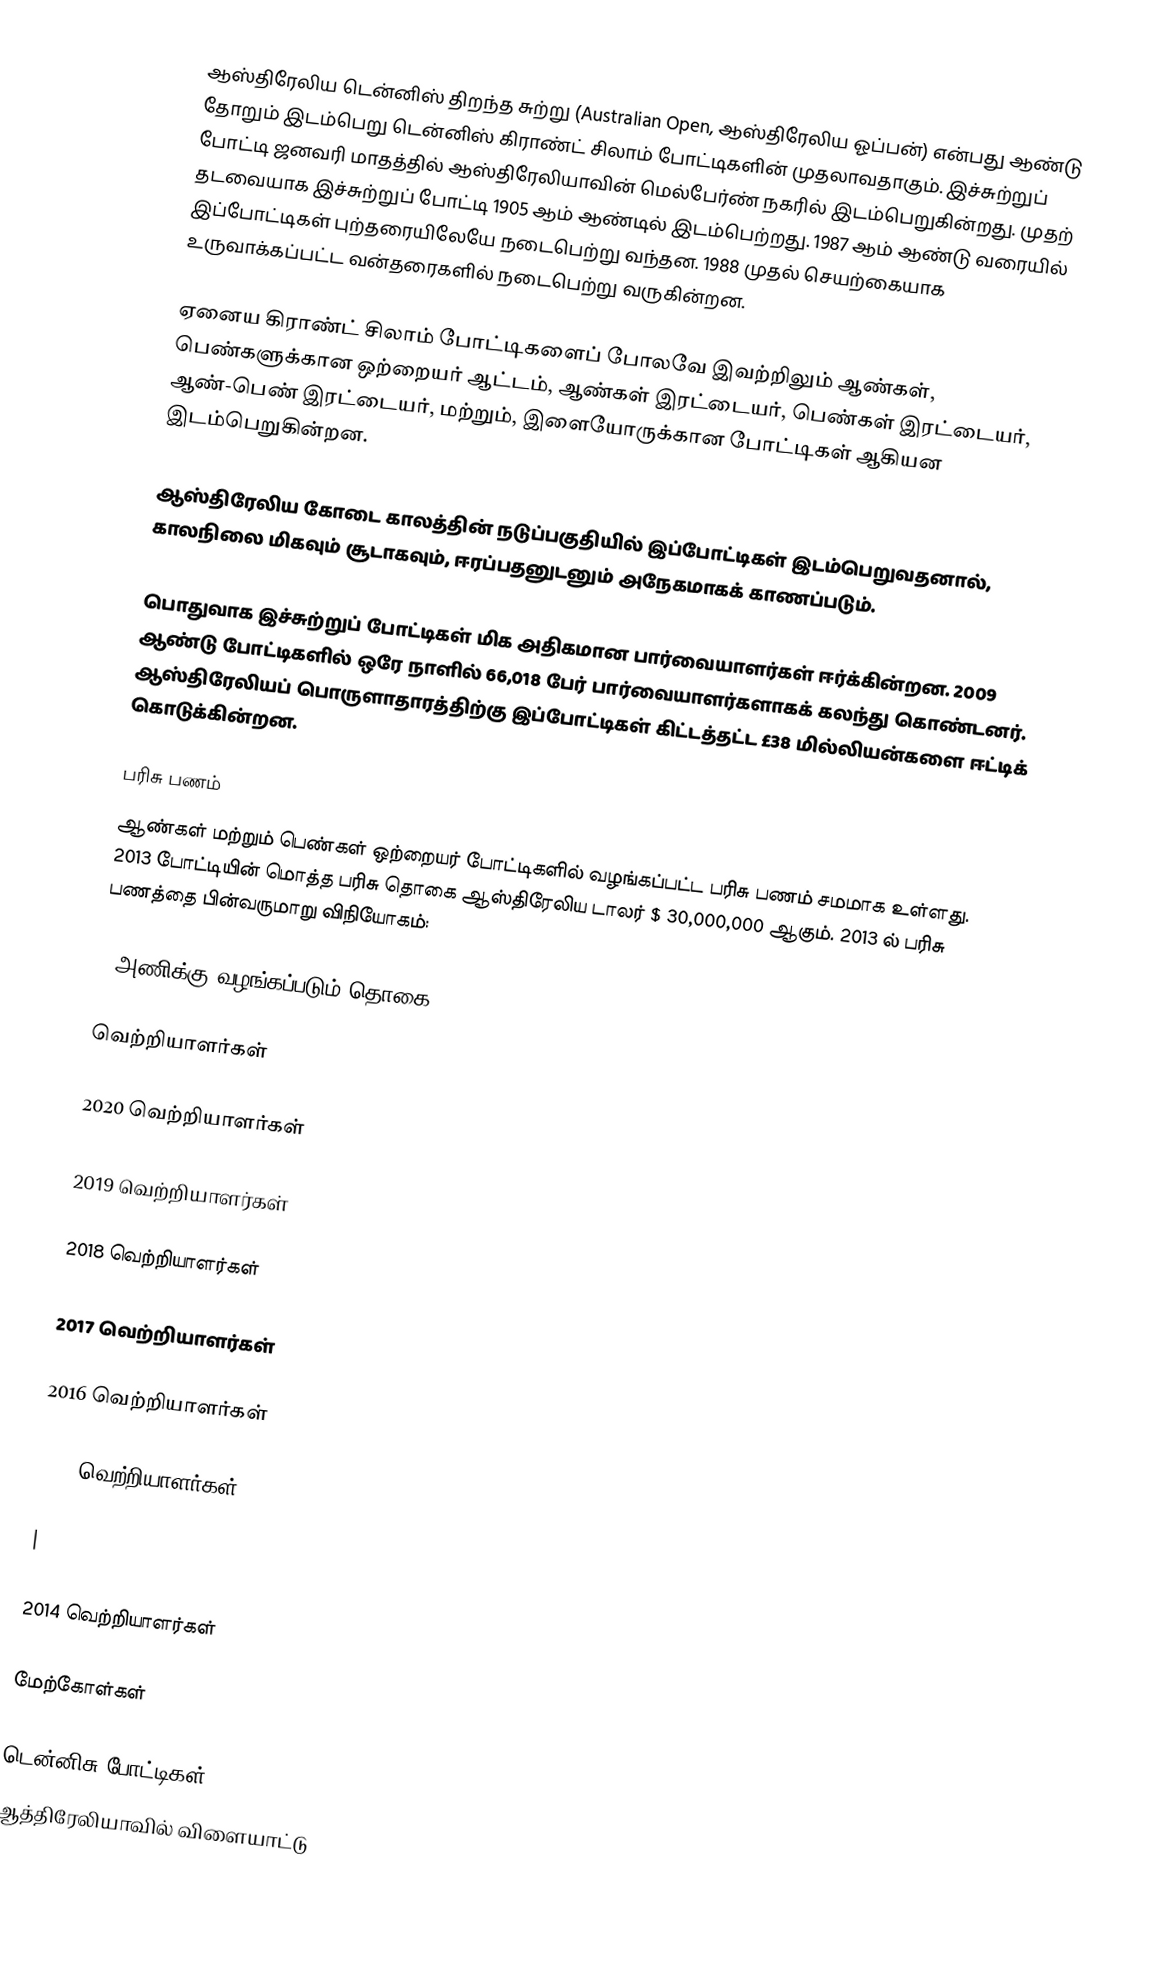
ஆஸ்திரேலிய டென்னிஸ் திறந்த சுற்று (Australian Open, ஆஸ்திரேலிய ஓப்பன்) என்பது ஆண்டு தோறும் இடம்பெறு டென்னிஸ் கிராண்ட் சிலாம் போட்டிகளின் முதலாவதாகும். இச்சுற்றுப் போட்டி ஜனவரி மாதத்தில் ஆஸ்திரேலியாவின் மெல்பேர்ண் நகரில் இடம்பெறுகின்றது. முதற் தடவையாக இச்சுற்றுப் போட்டி 1905 ஆம் ஆண்டில் இடம்பெற்றது. 1987 ஆம் ஆண்டு வரையில் இப்போட்டிகள் புற்தரையிலேயே நடைபெற்று வந்தன. 1988 முதல் செயற்கையாக உருவாக்கப்பட்ட வன்தரைகளில் நடைபெற்று வருகின்றன.

ஏனைய கிராண்ட் சிலாம் போட்டிகளைப் போலவே இவற்றிலும் ஆண்கள், பெண்களுக்கான ஒற்றையர் ஆட்டம், ஆண்கள் இரட்டையர், பெண்கள் இரட்டையர், ஆண்-பெண் இரட்டையர், மற்றும், இளையோருக்கான போட்டிகள் ஆகியன இடம்பெறுகின்றன.

ஆஸ்திரேலிய கோடை காலத்தின் நடுப்பகுதியில் இப்போட்டிகள் இடம்பெறுவதனால், காலநிலை மிகவும் சூடாகவும், ஈரப்பதனுடனும் அநேகமாகக் காணப்படும்.

பொதுவாக இச்சுற்றுப் போட்டிகள் மிக அதிகமான பார்வையாளர்கள் ஈர்க்கின்றன. 2009 ஆண்டு போட்டிகளில் ஒரே நாளில் 66,018 பேர் பார்வையாளர்களாகக் கலந்து கொண்டனர். ஆஸ்திரேலியப் பொருளாதாரத்திற்கு இப்போட்டிகள் கிட்டத்தட்ட £38 மில்லியன்களை ஈட்டிக் கொடுக்கின்றன.

பரிசு பணம்
ஆண்கள் மற்றும் பெண்கள் ஒற்றையர் போட்டிகளில் வழங்கப்பட்ட பரிசு பணம் சமமாக உள்ளது. 2013 போட்டியின் மொத்த பரிசு தொகை ஆஸ்திரேலிய டாலர் $ 30,000,000 ஆகும். 2013 ல் பரிசு பணத்தை பின்வருமாறு விநியோகம்:

* அணிக்கு வழங்கப்படும் தொகை

வெற்றியாளர்கள்

2020 வெற்றியாளர்கள்

2019 வெற்றியாளர்கள்

2018 வெற்றியாளர்கள்

2017 வெற்றியாளர்கள்

2016 வெற்றியாளர்கள்

2015 வெற்றியாளர்கள்

|

2014 வெற்றியாளர்கள்

மேற்கோள்கள்

டென்னிசு போட்டிகள்
ஆத்திரேலியாவில் விளையாட்டு